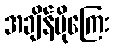
အချိန်ပိုကြေး